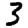
Digit: 3